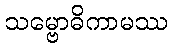
သမ္ဗောဓိကာမဿ